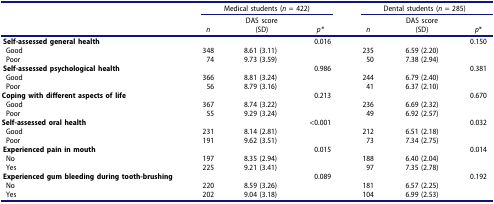
<table><thead><tr><td><b> </b></td><td colspan="3"><b>Medical students (<i>n</i> = 422)</b></td><td colspan="3"><b>Dental students (<i>n</i> = 285)</b></td></tr><tr><td><b> </b></td><td><b><i>n</i></b></td><td><b>DAS score(SD)</b></td><td><b><i>p*</i></b></td><td><b><i>n</i></b></td><td><b>DAS score(SD)</b></td><td><b><i>p</i>*</b></td></tr></thead><tbody><tr><td><b>Self-assessed general health</b></td><td> </td><td> </td><td>0.016</td><td> </td><td> </td><td>0.150</td></tr><tr><td>Good</td><td>348</td><td>8.61 (3.11)</td><td> </td><td>235</td><td>6.59 (2.20)</td><td> </td></tr><tr><td>Poor</td><td>74</td><td>9.73 (3.59)</td><td> </td><td>50</td><td>7.38 (2.94)</td><td> </td></tr><tr><td><b>Self-assessed psychological health</b></td><td> </td><td> </td><td>0.986</td><td> </td><td> </td><td>0.381</td></tr><tr><td>Good</td><td>366</td><td>8.81 (3.24)</td><td> </td><td>244</td><td>6.79 (2.40)</td><td> </td></tr><tr><td>Poor</td><td>56</td><td>8.79 (3.16)</td><td> </td><td>41</td><td>6.37 (2.10)</td><td> </td></tr><tr><td colspan="2"><b>Coping with different aspects of life</b></td><td> </td><td>0.213</td><td> </td><td> </td><td>0.670</td></tr><tr><td>Good</td><td>367</td><td>8.74 (3.22)</td><td> </td><td>236</td><td>6.69 (2.32)</td><td> </td></tr><tr><td>Poor</td><td>55</td><td>9.29 (3.24)</td><td> </td><td>49</td><td>6.92 (2.57)</td><td> </td></tr><tr><td colspan="2"><b>Self-assessed oral health</b></td><td> </td><td>&lt;0.001</td><td> </td><td> </td><td>0.032</td></tr><tr><td>Good</td><td>231</td><td>8.14 (2.81)</td><td> </td><td>212</td><td>6.51 (2.18)</td><td> </td></tr><tr><td>Poor</td><td>191</td><td>9.62 (3.51)</td><td> </td><td>73</td><td>7.34 (2.75)</td><td> </td></tr><tr><td><b>Experienced pain in mouth</b></td><td> </td><td> </td><td>0.015</td><td> </td><td> </td><td>0.014</td></tr><tr><td>No</td><td>197</td><td>8.35 (2.94)</td><td> </td><td>188</td><td>6.40 (2.04)</td><td> </td></tr><tr><td>Yes</td><td>225</td><td>9.21 (3.41)</td><td> </td><td>97</td><td>7.35 (2.78)</td><td> </td></tr><tr><td><b>Experienced gum bleeding during tooth-brushing</b></td><td> </td><td> </td><td>0.089</td><td> </td><td> </td><td>0.192</td></tr><tr><td>No</td><td>220</td><td>8.59 (3.26)</td><td> </td><td>181</td><td>6.57 (2.25)</td><td> </td></tr><tr><td>Yes</td><td>202</td><td>9.04 (3.18)</td><td> </td><td>104</td><td>6.99 (2.53)</td><td> </td></tr></tbody></table>